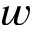
w